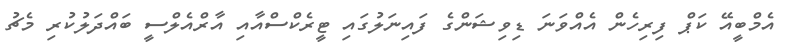
އެމްބީއޭ ކަޕް ފިރިހެން އެއްވަނަ ޑިވިޝަންގެ ފައިނަލުގައި ޓީރެކްސްއާއި އާރްއެލްސީ ބައްދަލުކުރި މެޗު